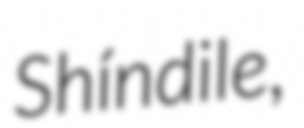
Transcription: Shíndile,